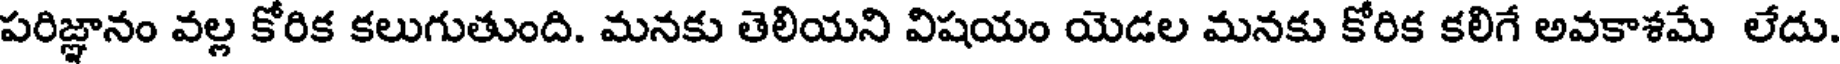
పరిజ్ఞానం వల్ల కోరిక కలుగుతుంది. మనకు తెలియని విషయం యెడల మనకు కోరిక కలిగే అవకాశమే లేదు.